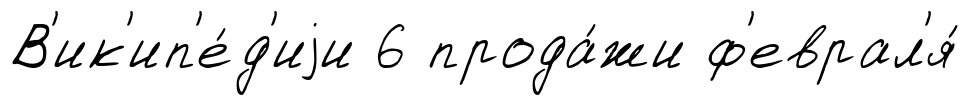
В'ик'ип'е́д'иjи 6 прода́жи ф'еврал'я́